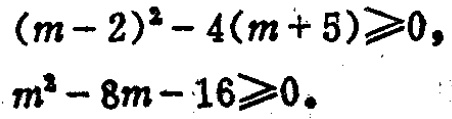
\((m - 2)^2 - 4(m + 5) \geqslant 0,\)
\(m^2 - 8m - 16 \geqslant 0.\)